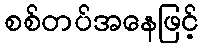
စစ်တပ်အနေဖြင့်